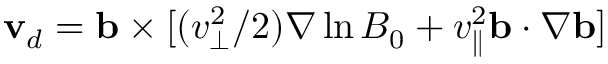
\mathbf { v } _ { d } = \mathbf { b } \times [ ( v _ { \perp } ^ { 2 } / 2 ) \nabla \ln B _ { 0 } + v _ { \parallel } ^ { 2 } \mathbf { b } \cdot \nabla \mathbf { b } ]